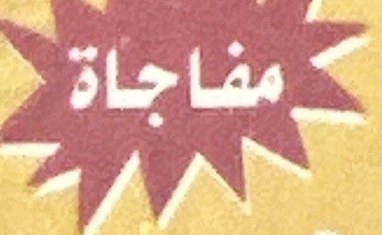
مفاجاة